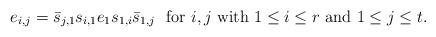
LaTeX: \begin{align*}e_{i, j}= \bar s_{j, 1} s_{i, 1} e_1 s_{1, i} \bar s_{1, j}\mbox{ \ for $i, j$ with $1\le i\le r $ and $1\le j\le t$.}\end{align*}